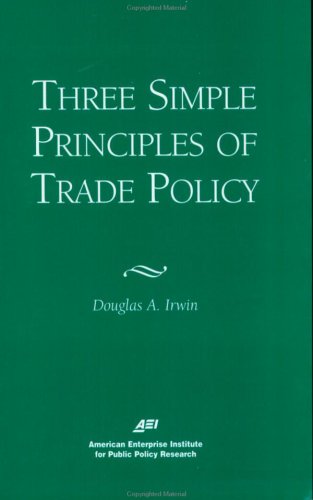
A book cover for Three Simple Principals of Trade Policy; Douglas A. Irwin; Law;